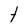
Character: t